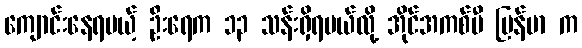
ကျောင်းနေရမယ့် ဦးရေက ၁၃ သန်းရှိရမယ်လို့ အိုင်အကစ်ပီ မြန်မာ က